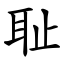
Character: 耻